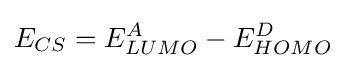
E_{CS}=E_{LUMO}^{A}-E_{HOMO}^{D}